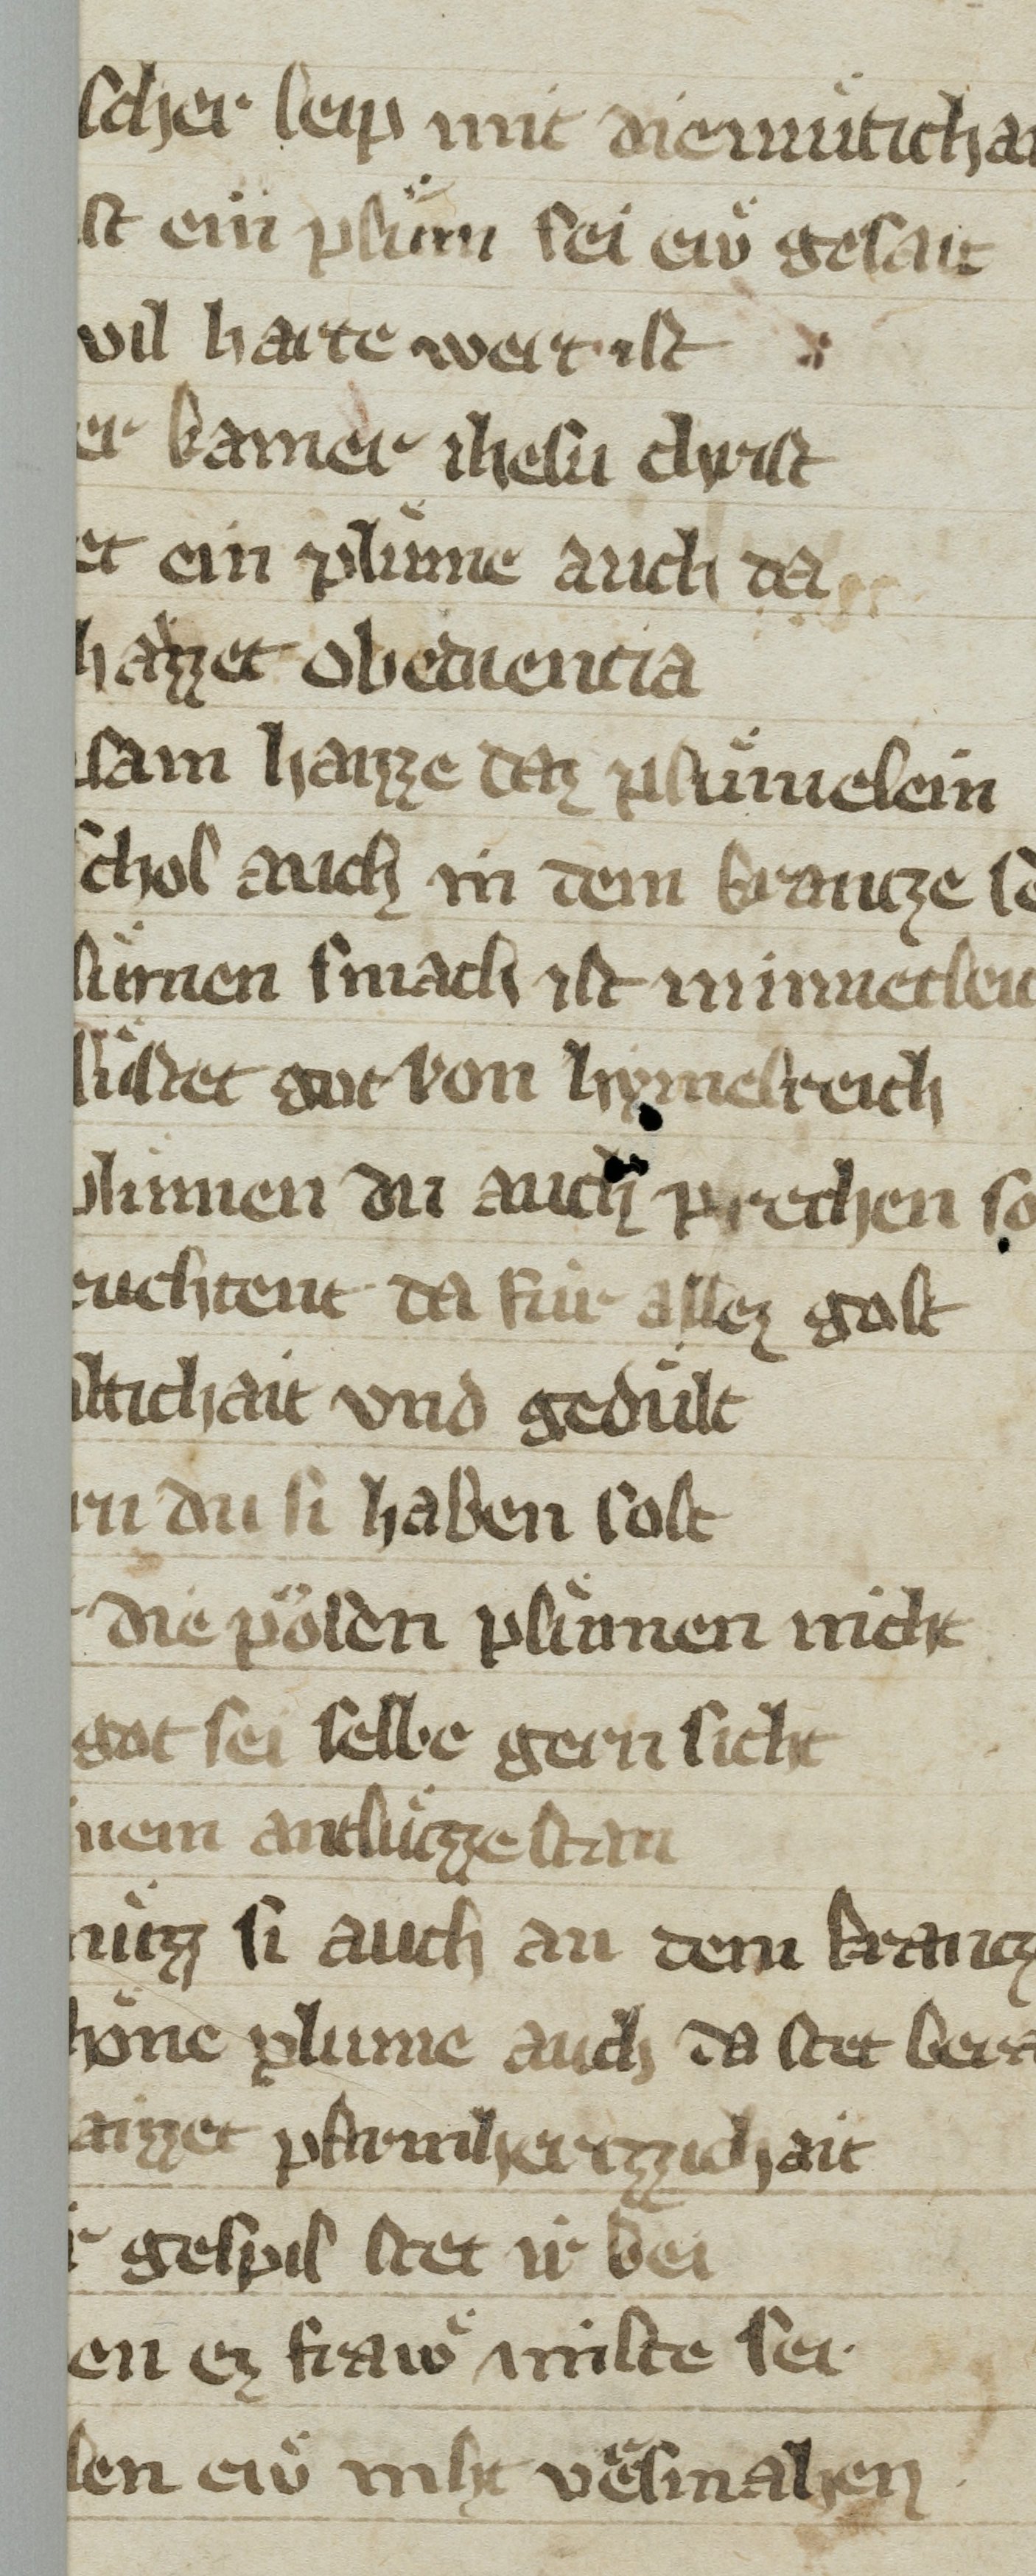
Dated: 1350–1399